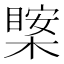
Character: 𱤊